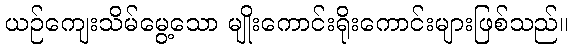
ယဉ်ကျေးသိမ်မွေ့သော မျိုးကောင်းရိုးကောင်းများဖြစ်သည်။